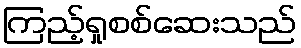
ကြည့်ရှုစစ်ဆေးသည်